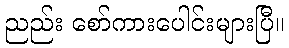
ညည်း စော်ကားပေါင်းများပြီ။